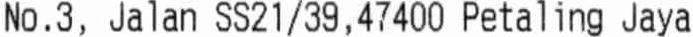
NO.3, JALAN SS21/39, 47400 PETALING JAYA